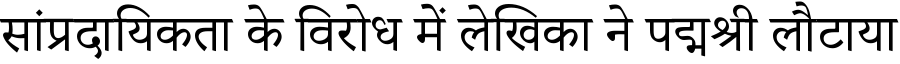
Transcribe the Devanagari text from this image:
सांप्रदायिकता के विरोध में लेखिका ने पद्मश्री लौटाया